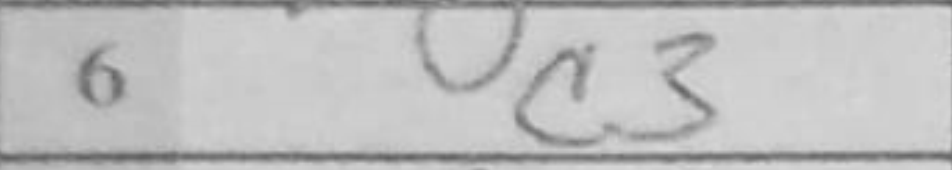
Transcription: c3